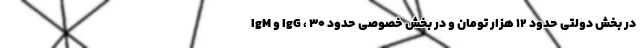
IgM و IgG ، در بخش دولتی حدود ۱۲ هزار تومان و در بخش خصوصی حدود ۳۰